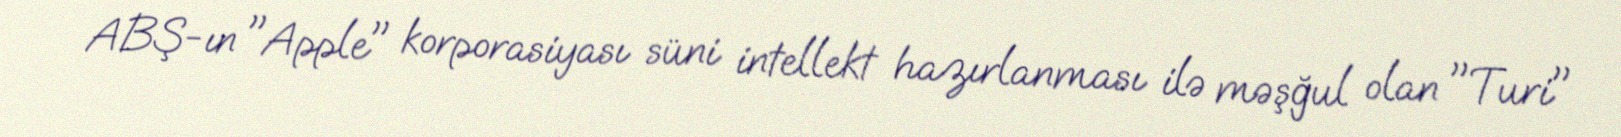
ABŞ-ın "Apple" korporasiyası süni intellekt hazırlanması ilə məşğul olan "Turi"